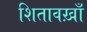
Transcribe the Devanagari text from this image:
शितावख़ाँ